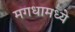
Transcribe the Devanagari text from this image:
मगधामध्ये